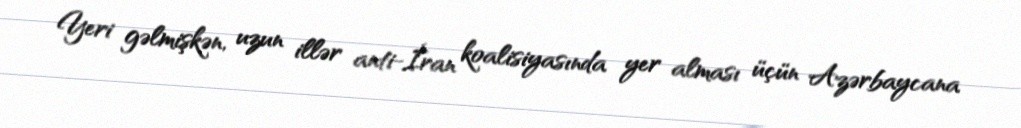
Yeri gəlmişkən, uzun illər anti-İran koalisiyasında yer alması üçün Azərbaycana